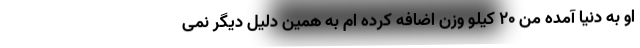
او به دنیا آمده من ۲۰ کیلو وزن اضافه کرده ام به همین دلیل دیگر نمی